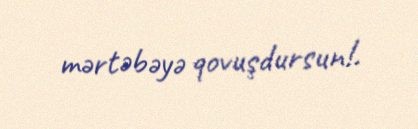
mərtəbəyə qovuşdursun!.